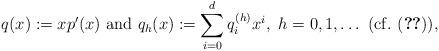
LaTeX: \begin{align*}q(x):=xp'(x)~{\rm and}~q_h(x):=\sum_{i=0}^dq_i^{(h)}x^i,~h=0,1,\dots~{\rm (cf.~ (\ref{eqdnd2}))},\end{align*}